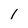
Character: l